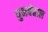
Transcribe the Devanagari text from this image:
पुनर्बहाल